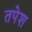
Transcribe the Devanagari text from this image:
तपेश